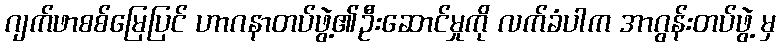
ဂျက်ဖာစစ်မြေပြင် ဟာဂနာတပ်ဖွဲ့၏ဦးဆောင်မှုကို လက်ခံပါက အာဂွန်းတပ်ဖွဲ့ မှ